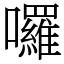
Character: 囉